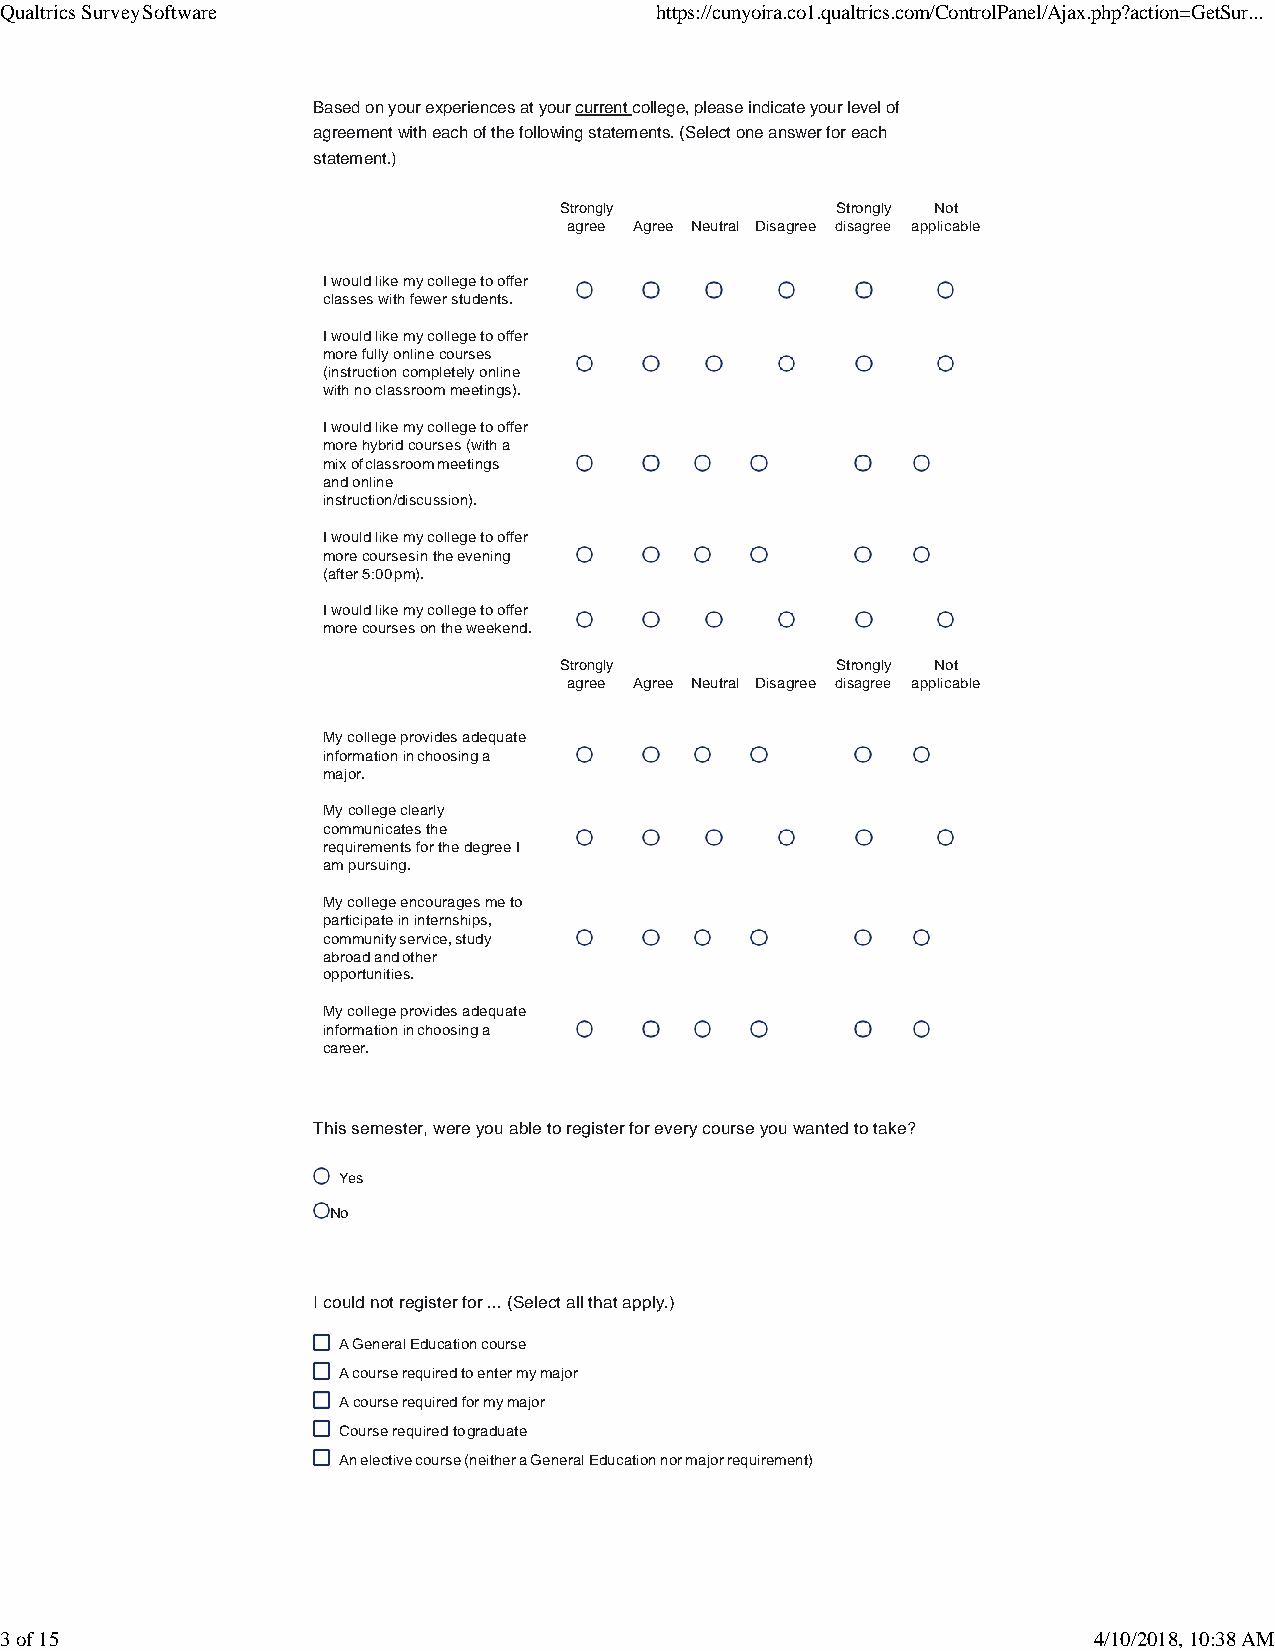
Qualtrics Survey Software                  https://cunyoira.co1.qualtrics.com/ControlPanel/Ajax.php?action=GetSur...
 Based on your experiences at your current college, please indicate your level of
 agreement with each of the following statements. (Select one answer for each
 statement.)
 Strongly          Strongly Not
 agree Agree Neutral Disagree disagree applicable
 I would like my college to offer
 classes with fewer students.
 I would like my college to offer
 more fully online courses
 (instruction completely online
 with no classroom meetings).
 I would like my college to offer
 more hybrid courses (with a
 mix of classroom meetings
 and online
 instruction/discussion).
 I would like my college to offer
 more courses in the evening
 (after 5:00 pm).
 I would like my college to offer
 more courses on the weekend.
 Strongly          Strongly Not
 agree Agree Neutral Disagree disagree applicable
 My college provides adequate
 information in choosing a
 major.
 My college clearly
 communicates the
 requirements for the degree I
 am pursuing.
 My college encourages me to
 participate in internships,
 community service, study
 abroad and other
 opportunities.
 My college provides adequate
 information in choosing a
 career.
 This semester, were you able to register for every course you wanted to take?
 Yes
 No
 I could not register for ... (Select all that apply.)
 A General Education course
 A course required to enter my major
 A course required for my major
 Course required to graduate
 An elective course (neither a General Education nor major requirement)
 3 of 15                                                                 4/10/2018, 10:38 AM